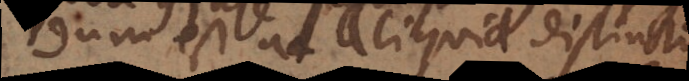
andum est ac aliquid distinctu